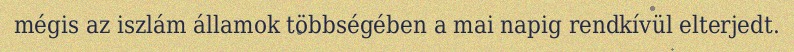
mégis az iszlám államok többségében a mai napig rendkívül elterjedt.